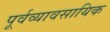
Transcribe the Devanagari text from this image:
पूर्वव्यावसायिक